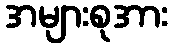
အများစုအား